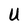
Character: U